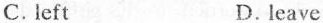
C.left D.leave